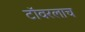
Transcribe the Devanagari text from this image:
टॉवरलाच